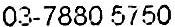
03-7880 5750